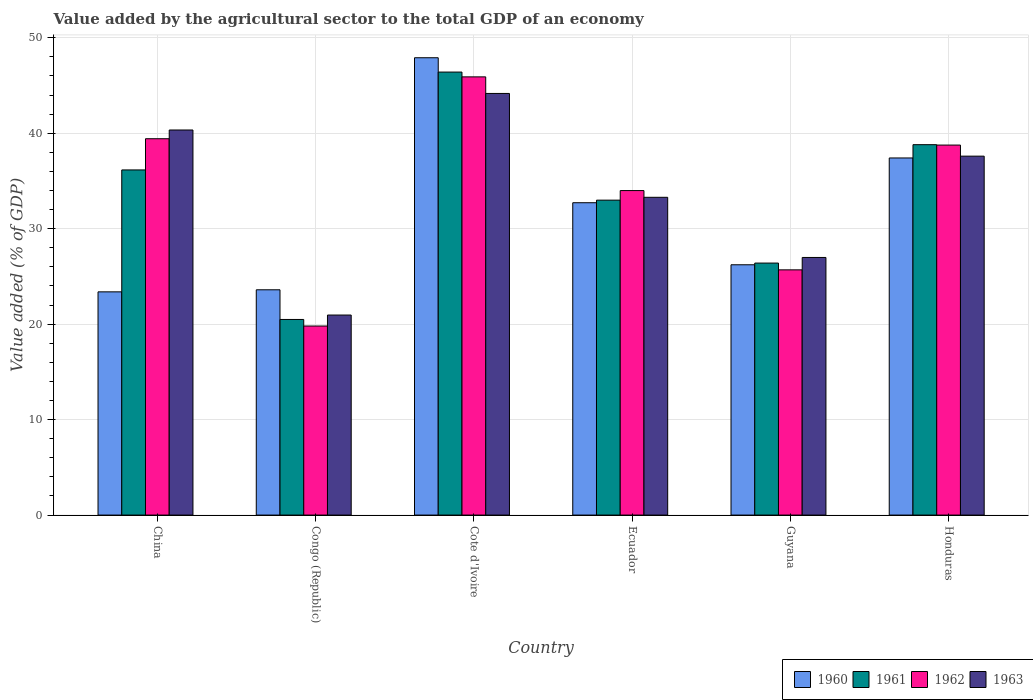
| Country | 1960 | 1961 | 1962 | 1963 |
 | --- | --- | --- | --- | --- |
 | China | 23.4 | 36.2 | 39.4 | 40.3 |
 | Congo (Republic) | 23.6 | 20.5 | 19.8 | 21 |
 | Cote d'Ivoire | 47.9 | 46.4 | 45.9 | 44.2 |
 | Ecuador | 32.7 | 33 | 34 | 33.3 |
 | Guyana | 26.2 | 26.4 | 25.7 | 27 |
 | Honduras | 37.4 | 38.8 | 38.8 | 37.6 |